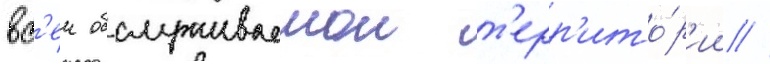
вс'еи обслуживаемои т'ерр'ито́р'ии //